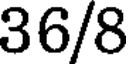
36/8